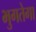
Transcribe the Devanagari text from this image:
भुगतेगा